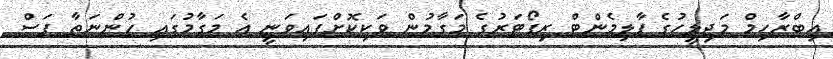
އިބްރާހިމް މަޖިލީހުގެ ޕާލިމެންޓް ރިޕޯޓަރުގެ މަގާމުން ވަކިކޮށްފައިވަނީ އެ މަގާމުގައި ހުންނަތާ ފަސް